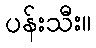
ပန်းသီး။